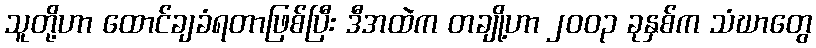
သူတို့ဟာ ထောင်ချခံရတာဖြစ်ပြီး ဒီအထဲက တချို့ဟာ ၂၀၀၃ ခုနှစ်က သံဃာတွေ